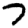
Digit: 7